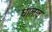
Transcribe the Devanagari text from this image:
घालाव